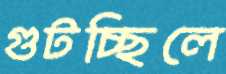
গুটচ্ছিলে